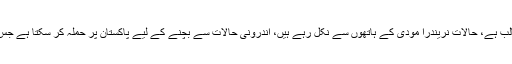
بھارت بڑا چیلنج ہے، وہاں پر انتہا پسندی غالب ہے، حالات نریندرا مودی کے ہاتھوں سے نکل رہے ہیں، اندرونی حالات سے بچنے کے لیے پاکستان پر حملہ کر سکتا ہے جس کا جواب دینے کیلئے پوری طرح تیار ہیں۔